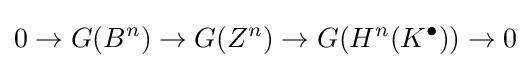
0\to G(B^{n})\to G(Z^{n})\to G(H^{n}(K^{\bullet }))\to 0